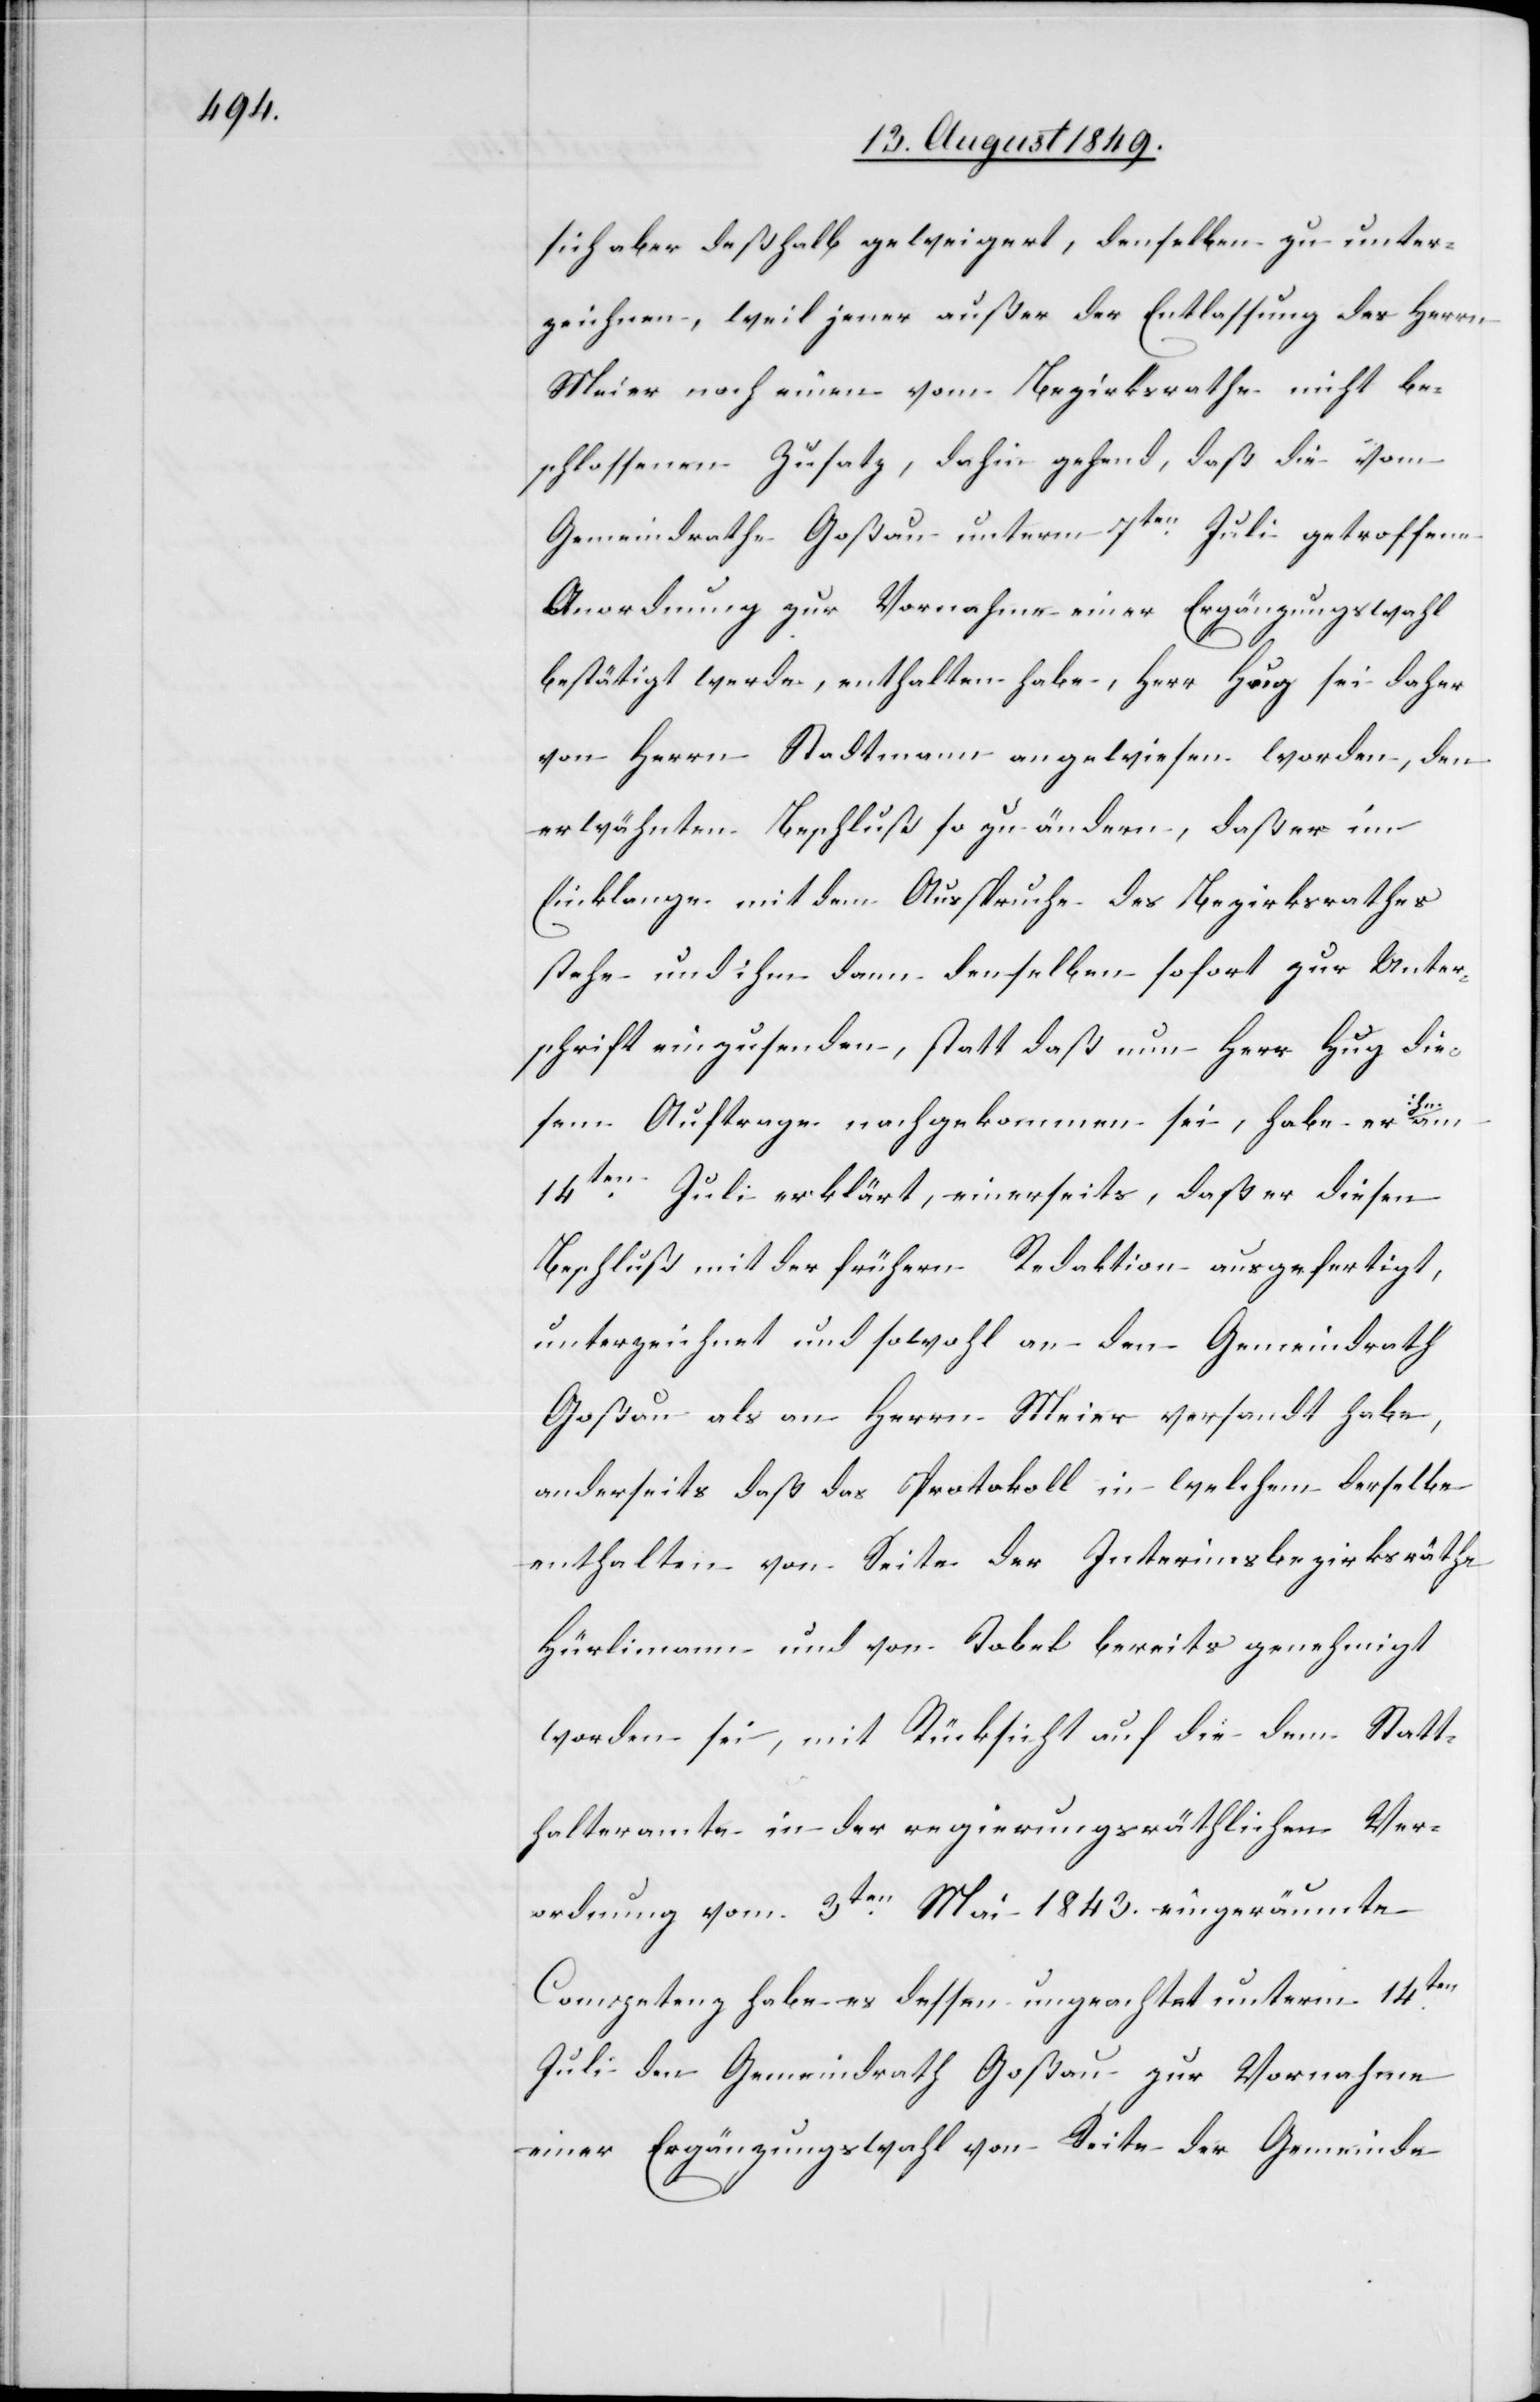
sich aber deßhalb geweigert, denselben zu unter¬
zeichnen, weil jener außer der Entlassung des Herrn
Meier noch einen vom Bezirksrathe nicht be¬
schlossenen Zusatz, dahin gehend, daß die vom
Gemeindrathe Goßau unterm 7ten Juli getroffene
Anordnung zur Vornahme einer Ergänzungswahl
bestätigt werde, enthalten habe, Herr Hug sei daher
von Herrn Stadtmann angewiesen worden, den
erwähnten Beschluß so zu ändern, daß er im
Einklange mit dem Ausspruche des Bezirksrathes
stehe und ihm dann denselben sofort zur Unter¬
schrift einzusenden, statt daß nun Herr Hug die¬
sem Auftrage nachgekommen sei, habe er
14ten Juli erklärt, einerseits, daß er diesen
Beschluß mit der frühern Redaktion ausgefertigt,
unterzeichnet und sowohl an den Gemeindrath
Goßau als an Herrn Meier versandt habe,
anderseits daß das Protokoll in welchem derselbe
enthalten von Seite der Interimsbezirksräthe
Hürlimann und von Tobel bereits genehmigt
worden sei, mit Rücksicht auf die dem Statt¬
halteramte in der regierungsräthlichen Ver¬
ordnung vom 3ten Mai 1843. eingeräumte
Competenz habe es dessen ungeachtet unterm 14ten
Juli den Gemeindrath Goßau zur Vornahme
einer Ergänzungswahl von Seite der Gemeinde